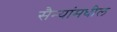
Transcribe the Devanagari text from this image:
सैन्यांमधील